Petrogradi_Kontroll-Opteerimise_Komisjon, lk 364
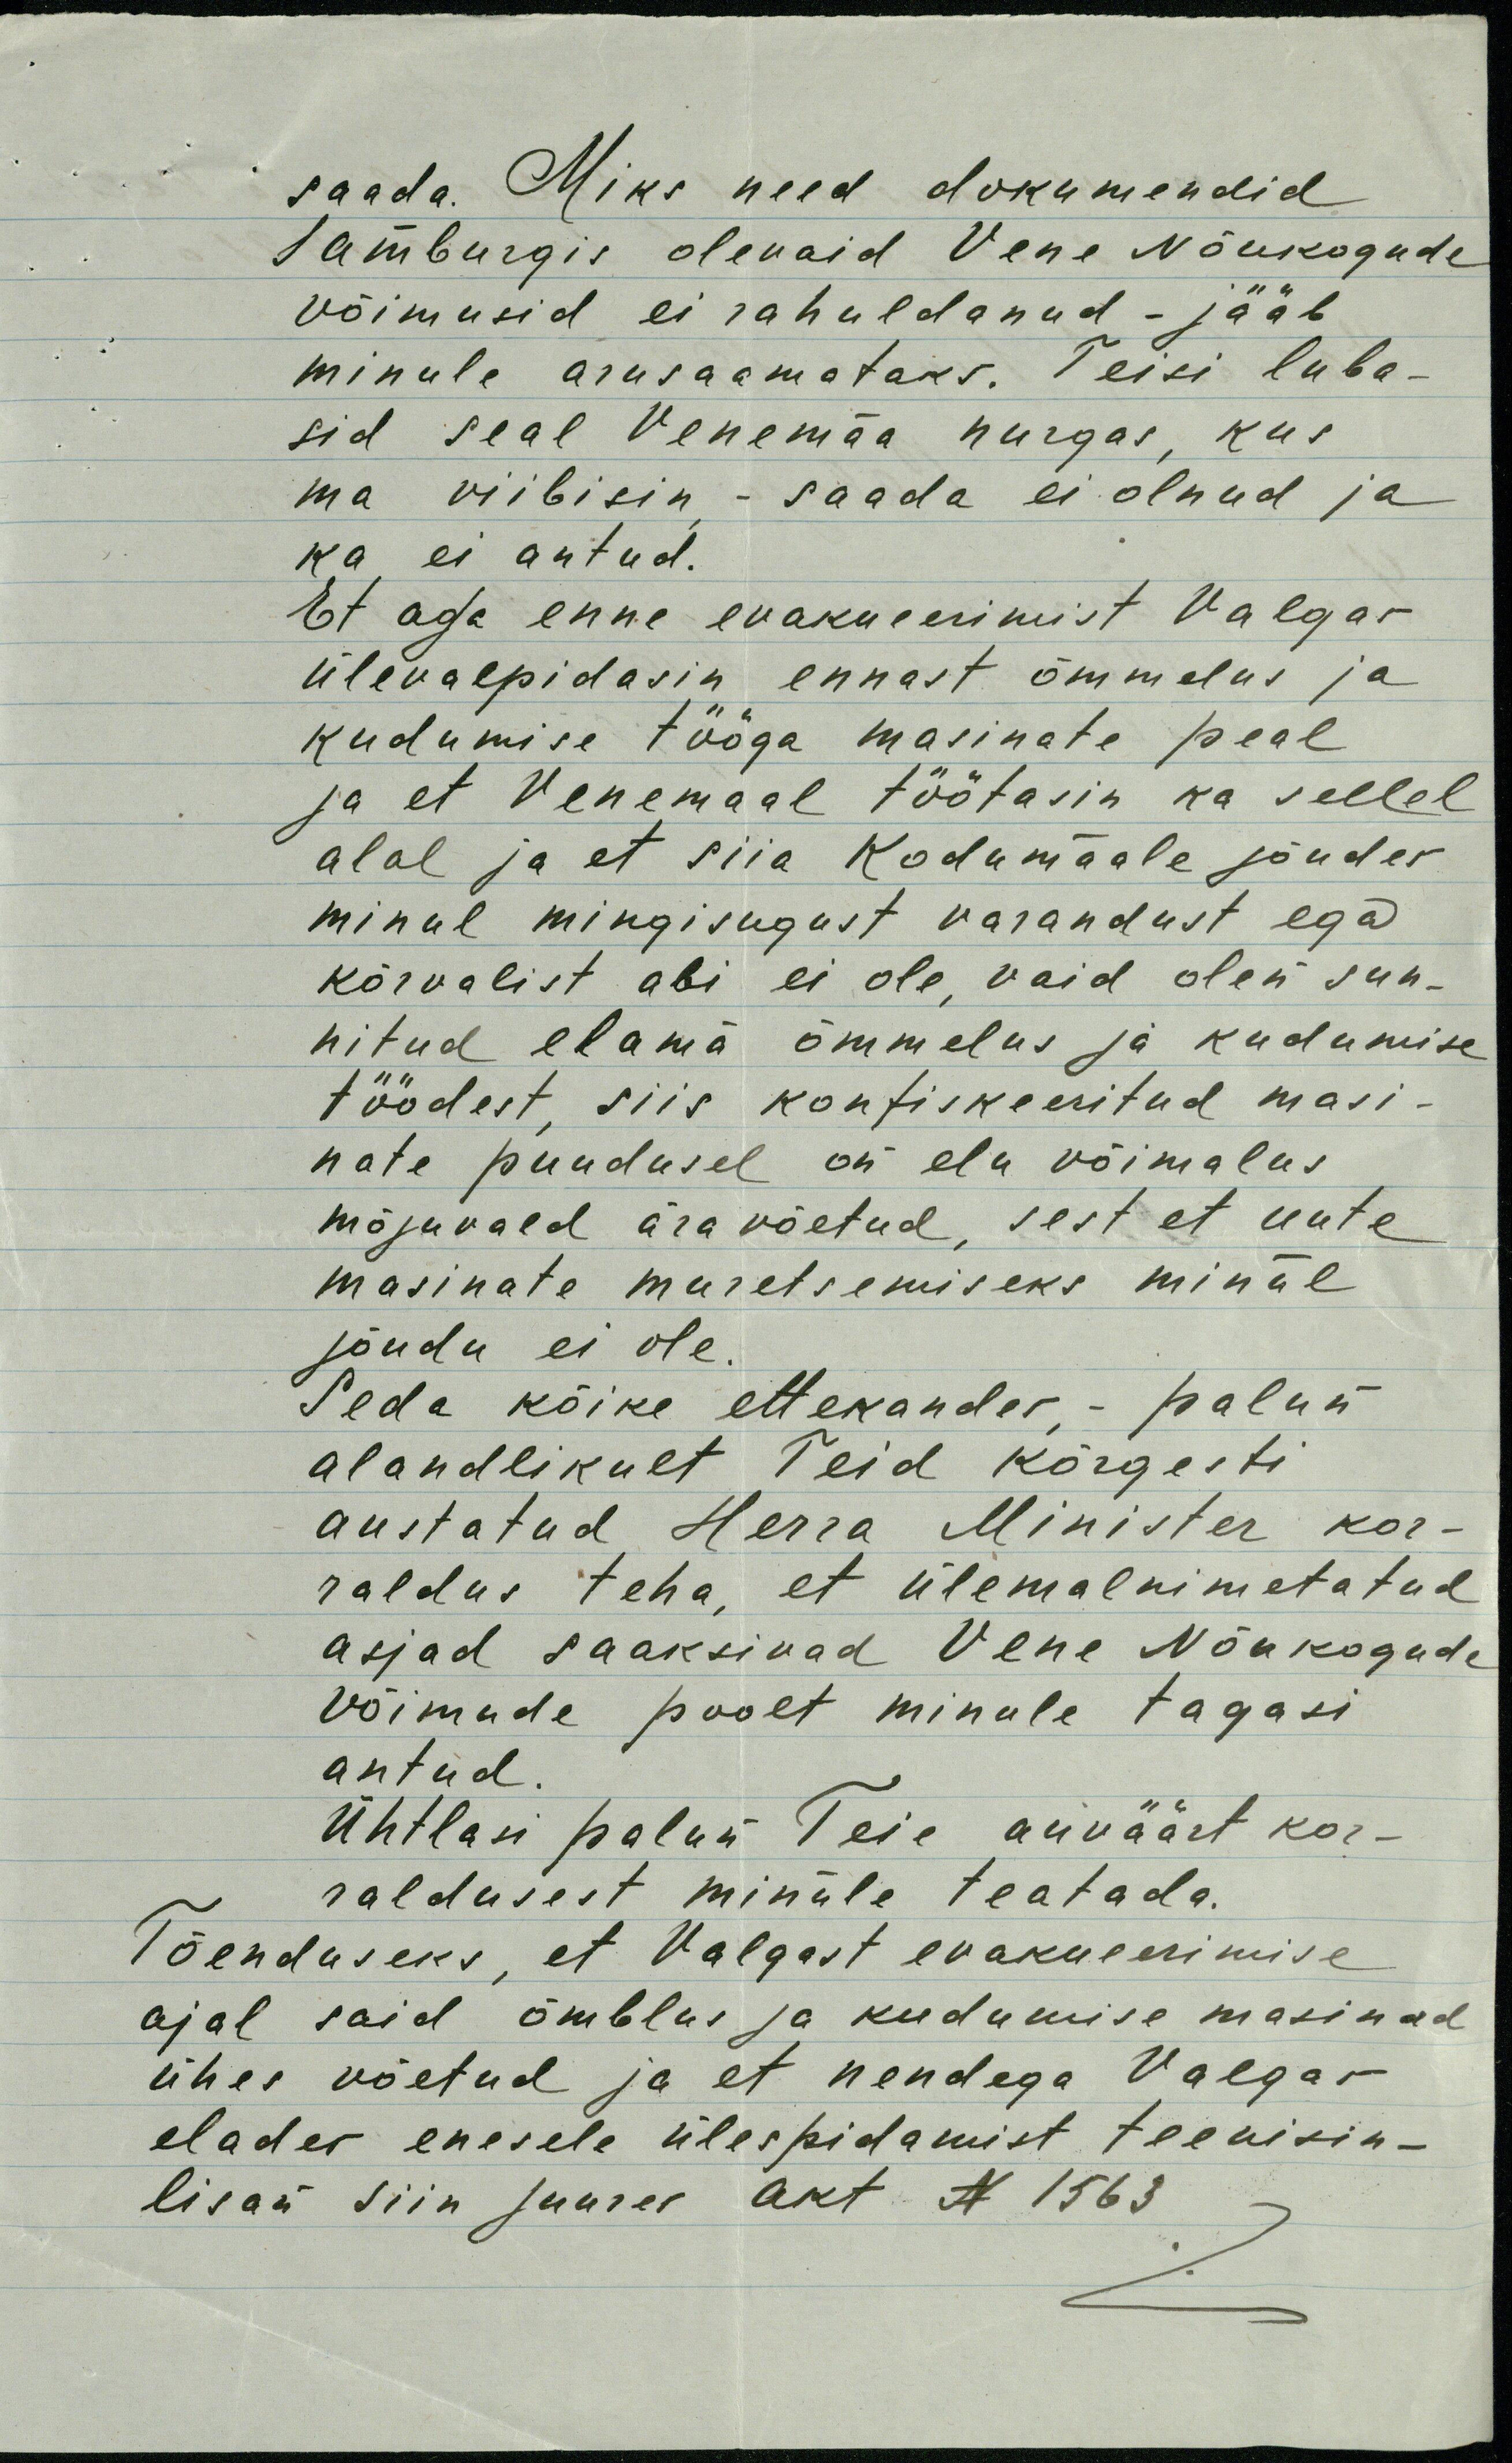
saada. Miks need dokumendid
Jamburgis olevaid Vene Nõukogude
võimusid ei rahuldanud - jääb
minule arusaamataks. Teisi luba-
sid seal Venemaa nurgas, kus
ma viibisin, - saada ei olnud ja
ka ei antud.
Et aga enne evakueerimist Valgas
ülevalpidasin ennast õmmelus ja
kudumise tööga masinate peal
ja et Venemaal töötasin ka sellel
alal ja et siia Kodumaale jõudes
minul mingisugust varandust ega
kõrvalist abi ei ole, vaid olen sun-
nitud elama õmmelus ja kudumise
töödest, siis konfiskeeritud masi-
nate puudusel on elu võimalus
mõjuvald äravõetud, sest et uute
masinate muretsemiseks minul
jõudu ei ole.
Seda kõike ettekandes, - palun
alandlikult Teid kõrgesti
austatud Herra Minister kor-
raldus teha, et ülemalnimetatud
asjad saaksivad Vene Nõukogude
võimude poolt minule tagasi
antud.
Ühtlasi palun Teie auväärt kor-
raldusest minule teatada.
Tõenduseks, et Valgast evakueerimise
ajal said õmblus ja kudumise masinad
ühes võetud ja et nendega Valgas
elades enesele ülespidamist teenisin -
lisan siin juures akt N 1563